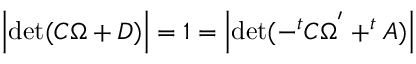
\Bigl | \mathrm { d e t } ( C \Omega + D ) \Bigr | = 1 = \Bigl | \mathrm { d e t } ( - ^ { t } C \Omega ^ { ' } + ^ { t } A ) \Bigr |